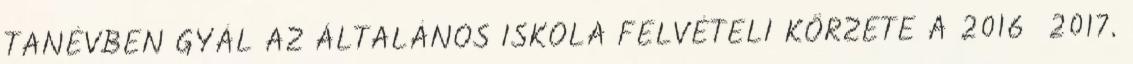
TANÉVBEN GYÁL AZ ÁLTALÁNOS ISKOLA FELVÉTELI KÖRZETE A 2016 2017.